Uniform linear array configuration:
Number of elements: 4
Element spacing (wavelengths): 1
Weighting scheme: exponential
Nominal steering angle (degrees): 60
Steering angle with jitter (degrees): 58.801
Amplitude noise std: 0.05
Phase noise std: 0.05

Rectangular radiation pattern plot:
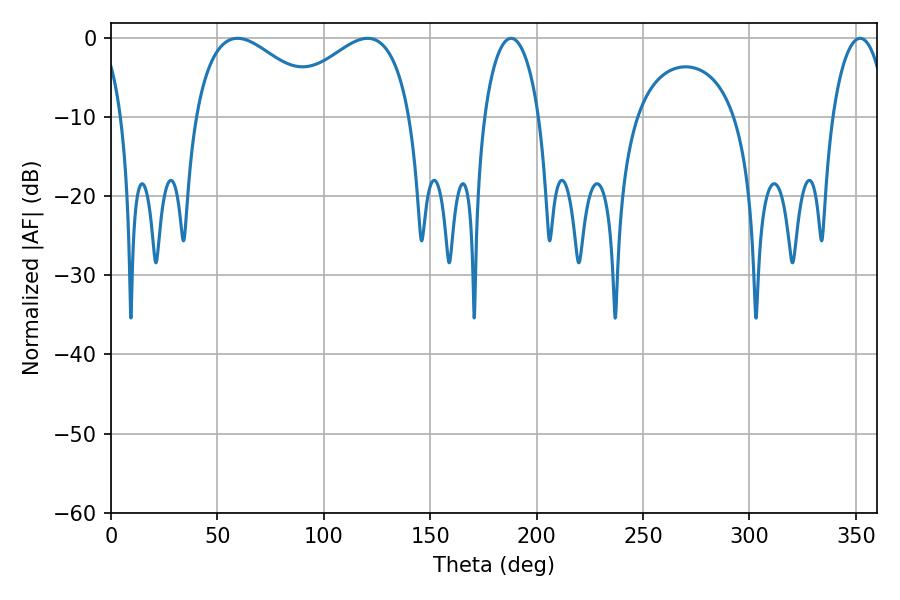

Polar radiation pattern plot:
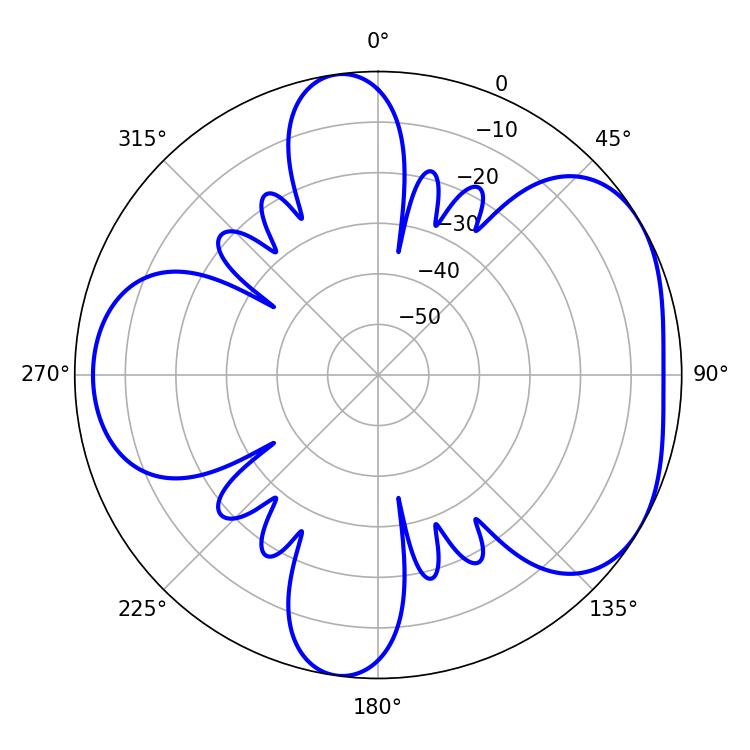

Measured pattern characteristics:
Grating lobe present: TRUE
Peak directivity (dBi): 4.612
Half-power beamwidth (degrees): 34.2
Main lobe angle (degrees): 59.4